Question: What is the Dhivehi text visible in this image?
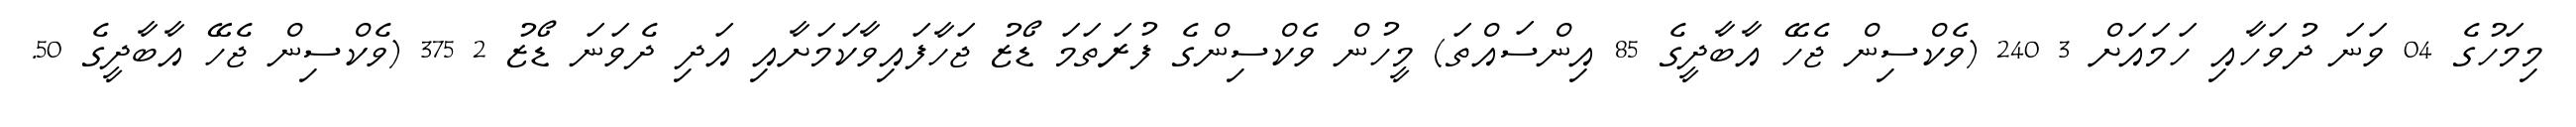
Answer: މިމަހުގެ 04 ވަނަ ދުވަހާއި ހަމައަށް 3 240 (ވެކްސިން ޖެހޭ އާބާދީގެ 85 އިންސައްތަ) މީހުން ވެކްސިންގެ ފުރަތަމަ ޑޯޒު ޖަހާފައިވާކަމަށާއި އަދި ދެވަނަ ޑޯޒު 2 375 (ވެކްސިން ޖެހޭ އާބާދީގެ 50.